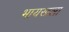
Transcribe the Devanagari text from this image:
भायखला